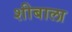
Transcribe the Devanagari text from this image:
शीबाला